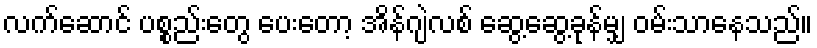
လက်ဆောင် ပစ္စည်းတွေ ပေးတော့ အိန်ဂျဲလစ် ဆွေ့ဆွေ့ခုန်မျှ ဝမ်းသာနေသည်။